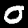
Label: 0